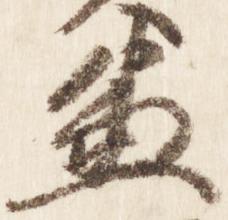
兼